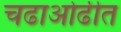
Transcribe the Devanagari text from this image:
चढाओढीत